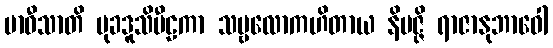
ဗာဝီသာတိ မုခဒူသိပီဠကာ သဗ္ဗလောကဟိတာယ နိပဇ္ဇိ ရာဇာနုဘာဝေါ